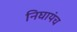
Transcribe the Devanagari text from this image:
निघायंच